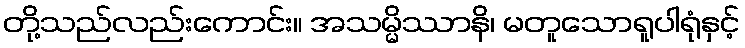
တို့သည်လည်းကောင်း။ အသမ္မိဿာနိ၊ မတူသောရူပါရုံနှင့်